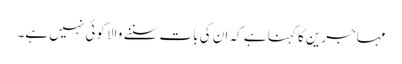
مہاجرین کا کہنا ہے کہ ان کی بات سننے والا کوئی نہیں ہے۔